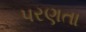
પરણતા